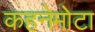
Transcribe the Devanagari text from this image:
कहनेमोटा